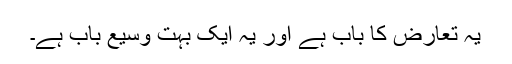
یہ تعارض کا باب ہے اور یہ ایک بہت وسیع باب ہے۔